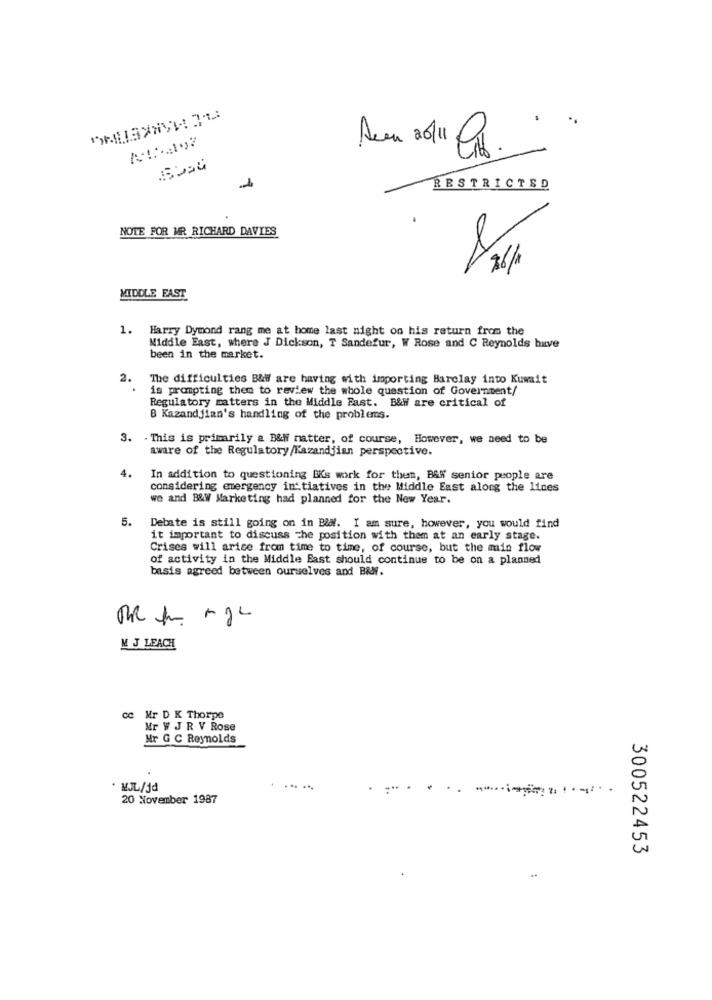
Aun 20/11 Ps.
RESTRICTED
NOTE FOR MR RICHARD DAVIES
MIDDLE EAST
1. Harry Dymond rang me at home last night on his return from the
Middle East, where J Dickson, T Sandefur, W Rose and C Reynolds have
been in the market.
2.
The difficulties B&W are having with importing Barclay into Kuwait
is prompting them to review the whole question of Government/
Regulatory matters in the Middle East. B&fi are critical of
B Kazandjian's handling of the problems.
3. . This is primarily & B&Wi natter, of course, However, we need to be
aware of the Regulatory/Kazandjian perspective.
4.
In addition to questioning EKs work for them, B&W senior people are
considering emergency in'tiatives in the Middle East along the lines
we and B&W Marketing had planned for the New Year.
5.
Debate is still going on in B&W. I am sure, however, you would find
it important to discuss The position with them at an early stage.
Crises will arise from time to time, of course, but the min flow
of activity in the Middle East should continue to be on a planned
basis agreed between ourselves and BRdr.
M J LEACH
:Mr D K Thorpe
Mr W J R V Rose
Mr G C Reynolds
· MJL/jd
20 November 1987
300522453